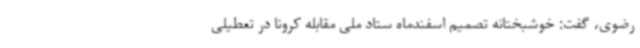
رضوی، گفت: خوشبختانه تصمیم اسفندماه ستاد ملی مقابله کرونا در تعطیلی